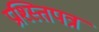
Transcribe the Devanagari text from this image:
प्रश्स्तिपत्र